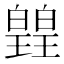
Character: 𭽡